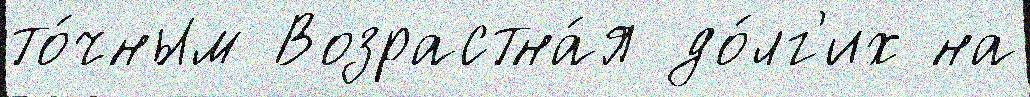
то́чным Возрастна́я до́лг'их на